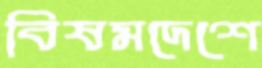
বিষমদেশে